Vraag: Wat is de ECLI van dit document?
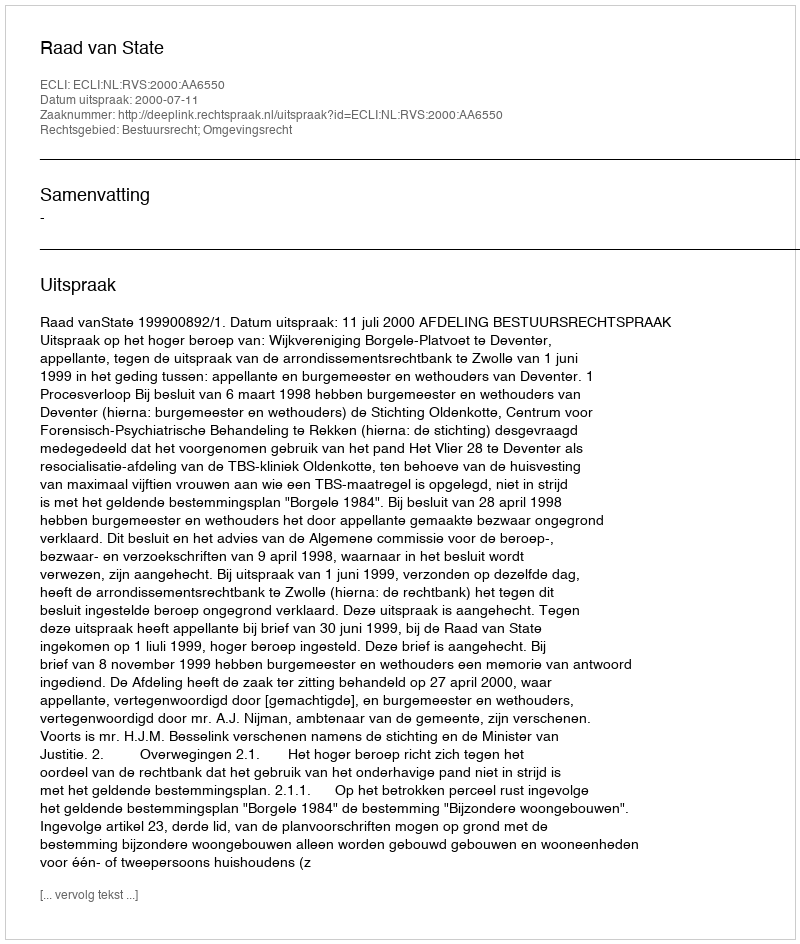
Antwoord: ECLI:NL:RVS:2000:AA6550